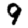
Digit: 9